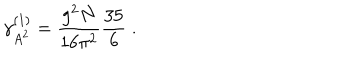
LaTeX: \gamma _ { A ^ { 2 } } ^ { ( 1 ) } = \frac { g ^ { 2 } N } { 1 6 \pi ^ { 2 } } \frac { 3 5 } { 6 } \; .